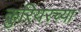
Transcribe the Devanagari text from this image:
कुरियरच्या